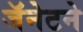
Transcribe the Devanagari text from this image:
जॅनेटने